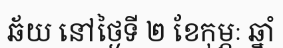
ឆ័យ នៅថ្ងៃទី ២ ខែកុម្ភៈ ឆ្នាំ